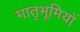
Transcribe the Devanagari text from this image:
मातृभूमियों